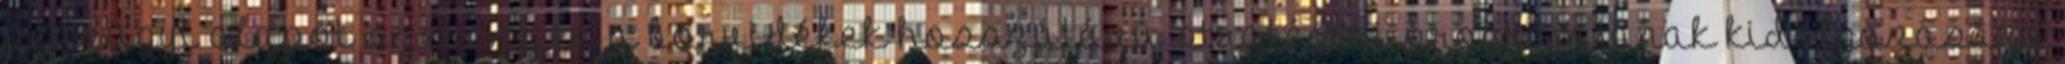
pénzügyi alapot szerezzen a borvidékek hosszútávú stratégiai programjának kidolgozására